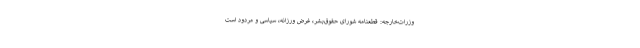
وزرات‌خارجه: قطعنامه شورای حقوق‌بشر، غرض ورزانه، سیاسی و مردود است